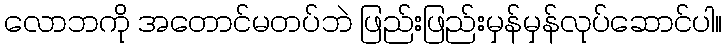
လောဘကို အတောင်မတပ်ဘဲ ဖြည်းဖြည်းမှန်မှန်လုပ်ဆောင်ပါ။